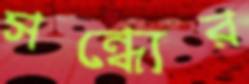
সন্ধ্যের